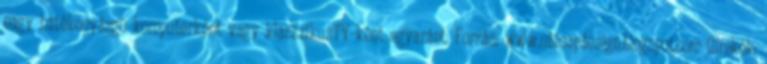
nagy hatékonyásgú komputerként vagy klasszikusTV-ként egyaránt. Forrás: www.ubisapdesign.blogspot.com Címkék: